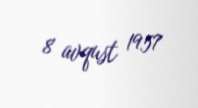
8 avqust 1957